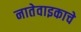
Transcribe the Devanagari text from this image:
नातेवाइकाचे